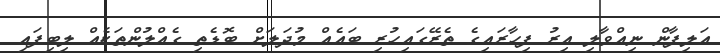
އަލިފާން ނިއްވާލި އިރު ފިހާރައިގެ ތެރޭގައިހުރި ބައެއް މުދަލަށް ބޮޑެތި ގެއްލުންތަކެއް ލިބިފައި